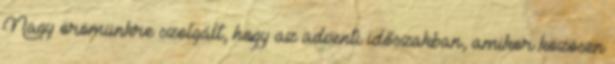
Nagy örömünkre szolgált, hogy az adventi időszakban, amikor közösen